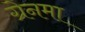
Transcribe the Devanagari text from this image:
ग्रेनमा